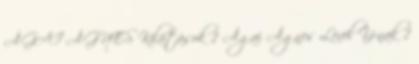
ÁGAI ÁGNES Kilátások 1 Ágai Ágnes Levél Y-nak 1